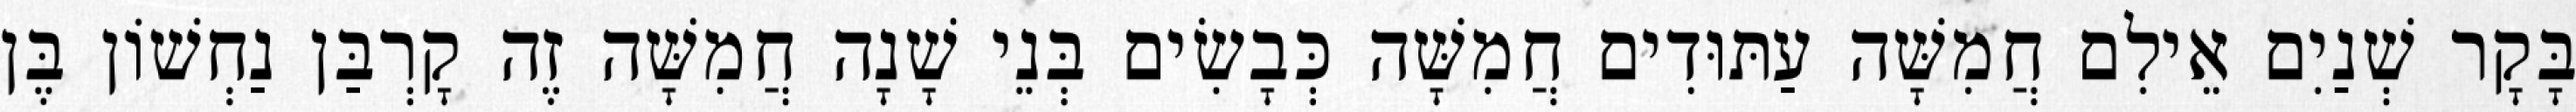
בָּקָר שְׁנַיִם אֵילִם חֲמִשָּׁה עַתּוּדִים חֲמִשָּׁה כְּבָשִׂים בְּנֵי שָׁנָה חֲמִשָּׁה זֶה קָרְבַּן נַחְשׁוֹן בֶּן